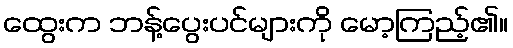
ထွေးက ဘန့်ပွေးပင်များကို မော့ကြည့်၏။